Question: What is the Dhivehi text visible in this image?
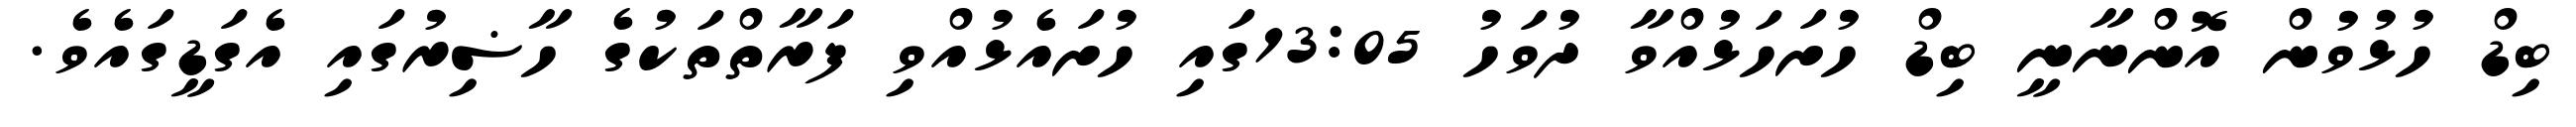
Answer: ބިޑް ހުޅުވުން އޮންނާނީ ބިޑް ހުށަހަޅުއްވާ ދުވަހު 13:05ގައި ހުށައެޅުއްވި ފަރާތްތަކުގެ ހާޟިރުގައި އެގަޑީގައެވެ.